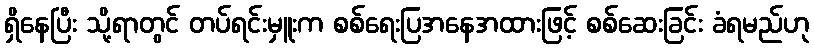
ရှိနေပြီး သို့ရာတွင် တပ်ရင်းမှူးက စစ်ရေးပြအနေအထားဖြင့် စစ်ဆေးခြင်း ခံရမည်ဟု